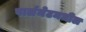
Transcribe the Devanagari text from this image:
पार्लमेटमधील